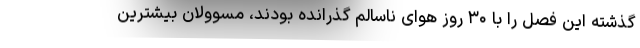
گذشته این فصل را با ۳۰ روز هوای ناسالم گذرانده بودند، مسوولان بیشترین